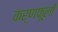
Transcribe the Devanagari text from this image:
कर्णफूली